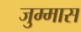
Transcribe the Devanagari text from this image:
जुम्मास